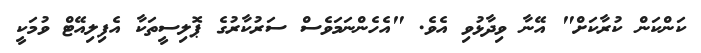
ކަންކަން ކުރާކަށް" އޭނާ ވިދާޅުވި އެވެ. "އެހެންނަމަވެސް ސަރުކާރުގެ ޕޮލިސީތަކާ އެފިލިއޭޓް ވުމަކީ